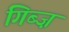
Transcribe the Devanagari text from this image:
गिब्ज़